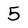
Character: 5